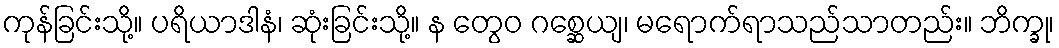
ကုန်ခြင်းသို့။ ပရိယာဒါနံ၊ ဆုံးခြင်းသို့။ န တွေဝ ဂစ္ဆေယျ၊ မရောက်ရာသည်သာတည်း။ ဘိက္ခု၊